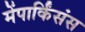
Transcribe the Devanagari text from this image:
मेंपार्किंसंस